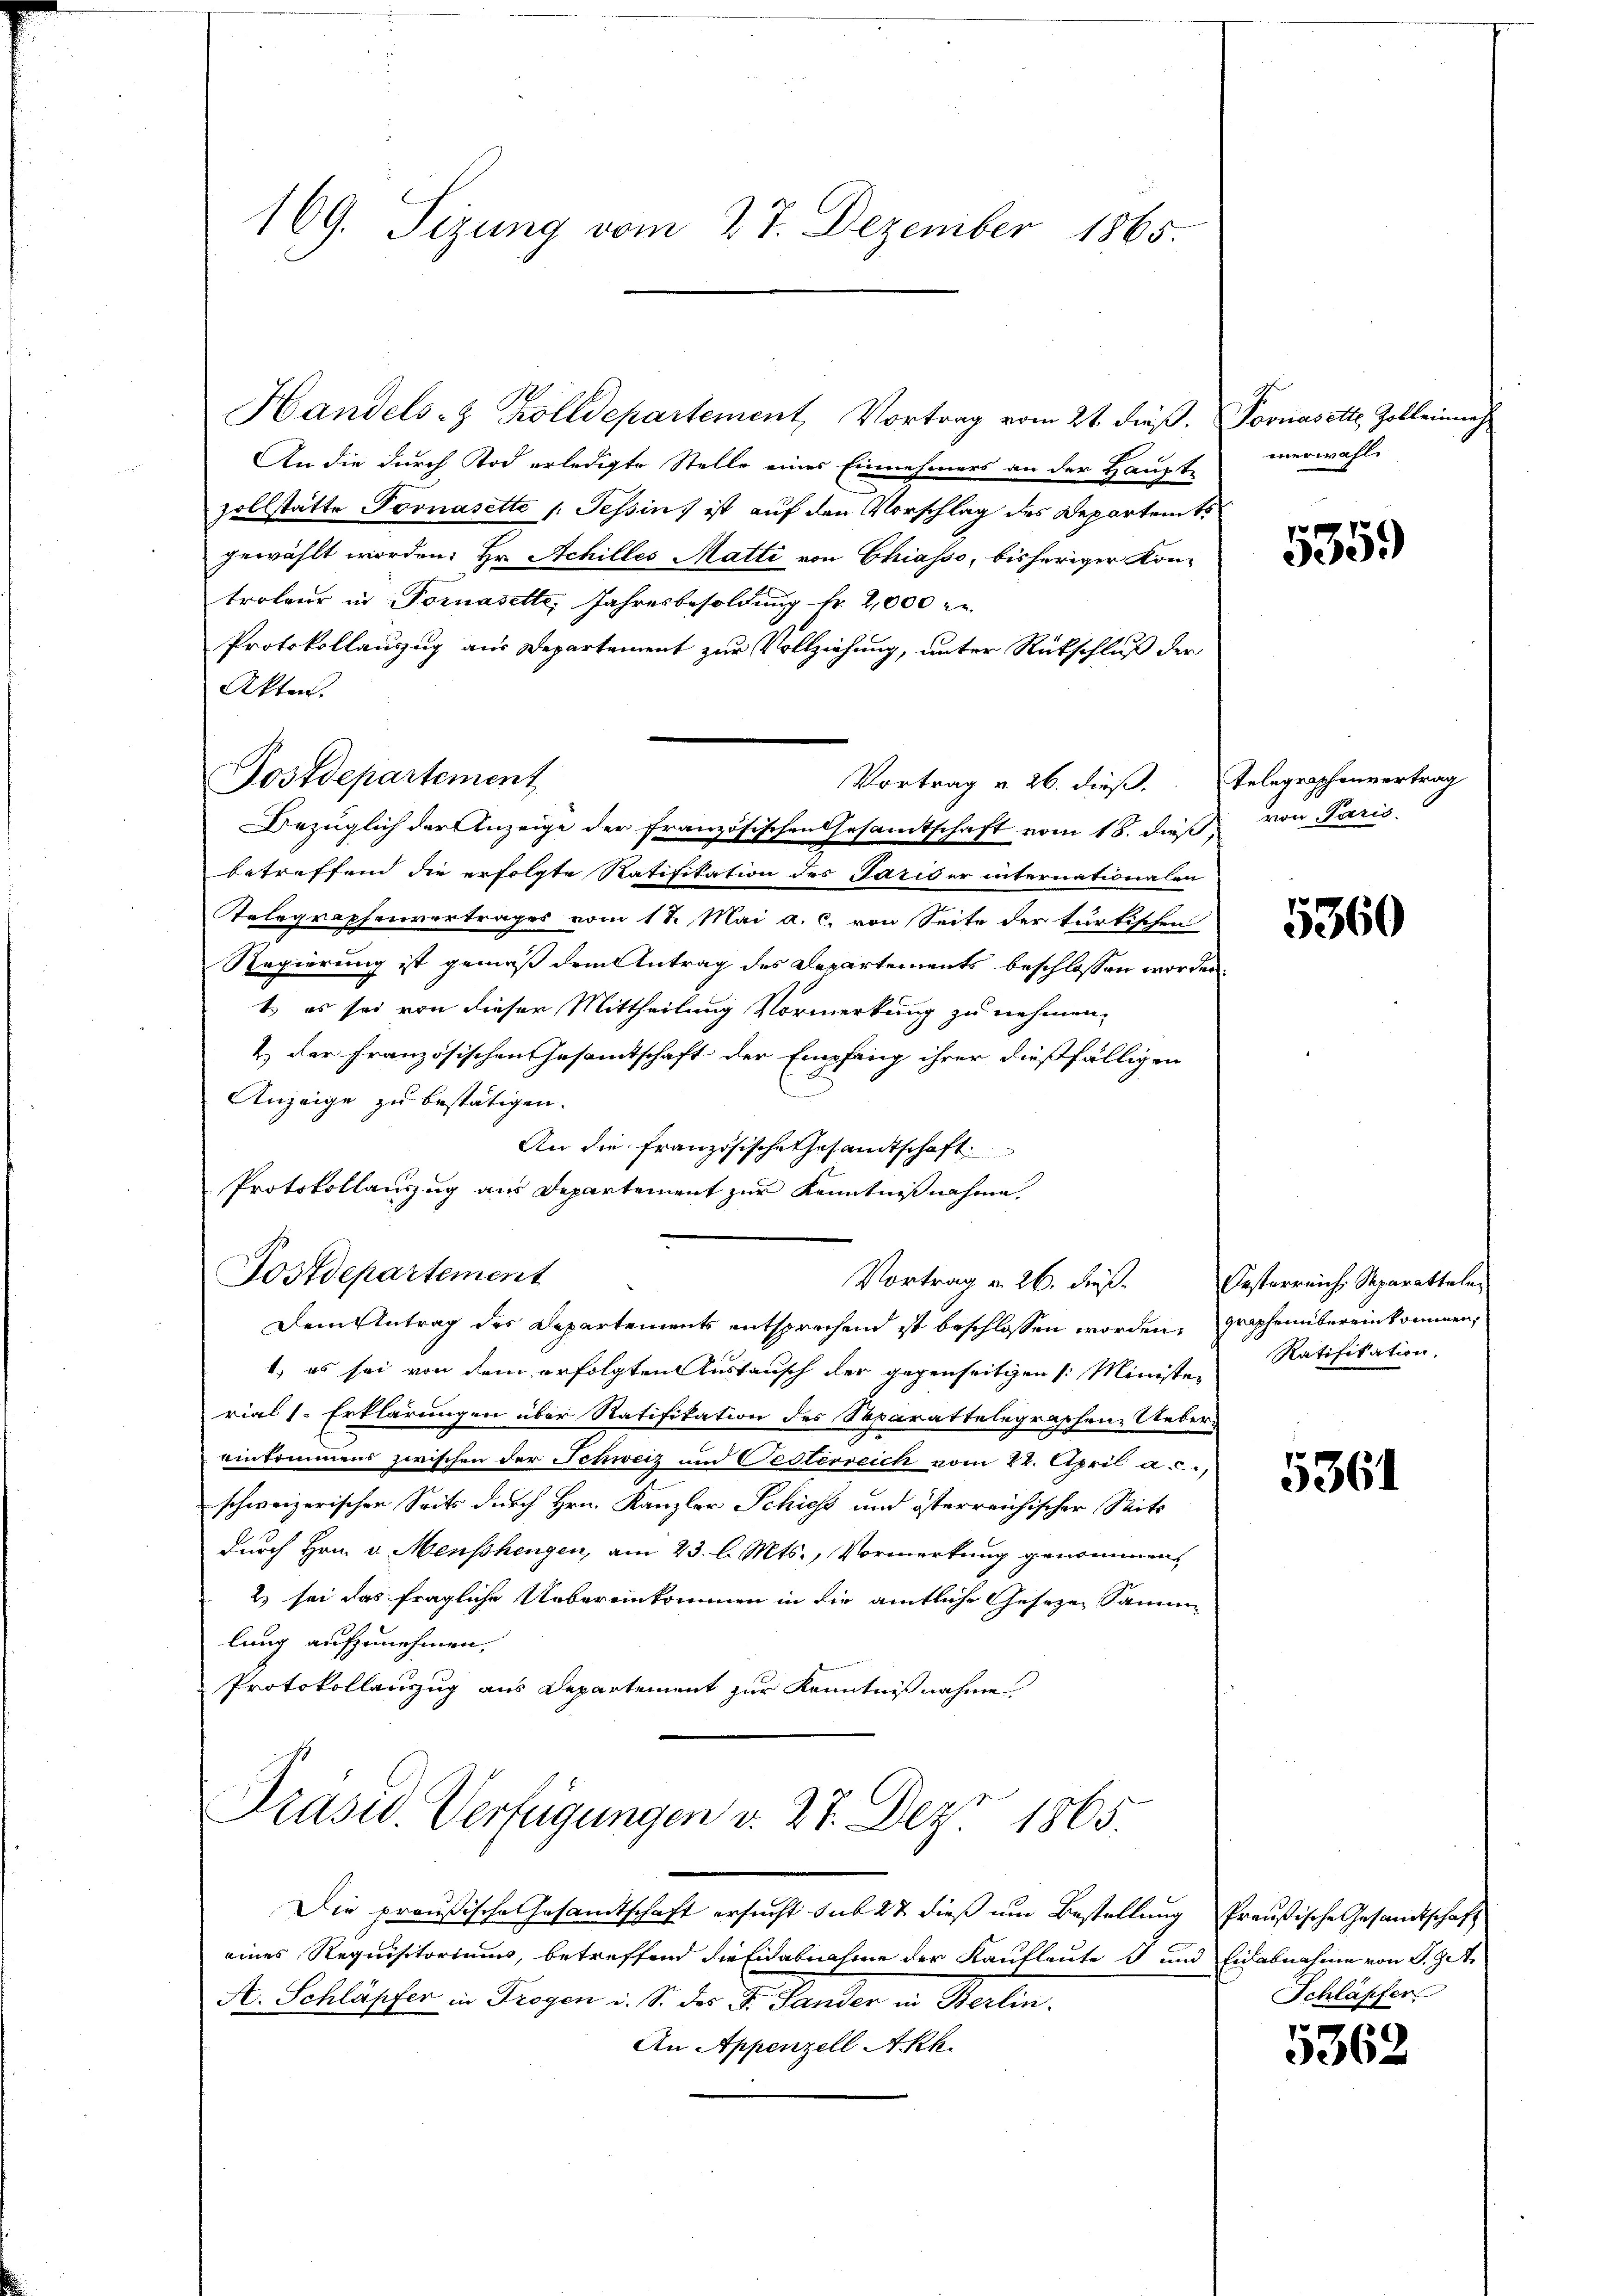
169. Sizung vom 27. Dezember 1865.

Handels- & Zolldepartement, Vortrag vom 21. dieß.
An die durch Tod erledigte Stelle eines Einnehmers an der Haupt-
zollstätte Fornasette s. Tessin, ist auf den Vorschlag des Departemts
gewählt worden. Hr. Achilles Matti von Chiasso, bisheriger Kontroleur in Fornasette, Jahresbesoldung fr. 2,000 r
Protokollanzug aus Departement zur Vollziehung, unter Rückschluß der
Akten.
Vortrag u. 26. dieß.
Bezüglich der Anzeige der französischen Gesamtschaft vom 18. dieß von Paris
betreffend die erfolgte Ratifikation des Pariser internationalen
Telegraphenvertrages vom 1 t Mai a. c. von Seite der türkischen
Regierung ist gemäß dem Antrag des Departements beschlossen worden
t. es sei von dieser Mittheilung Vormerkung zu nehmen,
2.) der französischen Gesammtschaft der Empfang ihrer dießfälligen
.
Anzeige zu bestätigen.
An die französische Gesamtschaft
Protokollauszug aus Departement zur Kenntnißnahme.
Fostdepartement
Vortrag v. 26. dieß. Oesterreich, Separattele
Dem Antrag des Departements entsprechend ist beschlossen worden,
1) es sei von dem erfolgten Austausch der gegenseitigen /: Ministen Ratifikation,
rial 1. Erklärungen über Ratifikation des Separattelegraphen Uebereinkommens zwischen der Schweiz und Oesterreich vom 22. April a.c.,
schweizerischen Seits durch Hrn. Kanzler Schiess und österreichischer Seits
durch Hrn. v. Menschengen, am 23. l. Mts., Vormerkung genommen,
2) sei das fragliche Uebereinkommen in die amtliche Geseze Samme
lung aufzunehmen,
Protokollanzzug aus Departement zur Kenntnißnahme

Postdepartement

Präsid. Verfügungen v. 27. Dez. 1865.

Die preußische Gesandtschaft ersucht sub 27 dieß um Bestellung
eines Requisitoriums, betreffend die Eidabnahme der Kaufleute I und Eidabnahme von S. z.
A. Schläpfer in Trogen i. S. des Dr. Sander in Berlin.
An Appenzell Akk.

Pomasette Zolleinung
merwähl

5359

Telegraphenvertrag

5360

graphenübereinkommen,

5361

Preußische Gesandtschaft
Schläpfer

1
9062